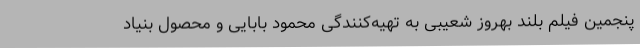
پنجمین فیلم بلند بهروز شعیبی به تهیه‌کنندگی محمود بابایی و محصول بنیاد